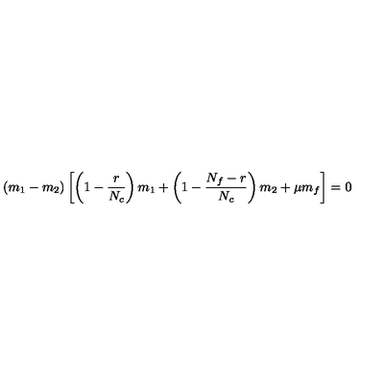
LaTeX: ( m _ { 1 } - m _ { 2 } ) \left[ \left( 1 - \frac { r } { N _ { c } } \right) m _ { 1 } + \left( 1 - \frac { N _ { f } - r } { N _ { c } } \right) m _ { 2 } + \mu m _ { f } \right] = 0